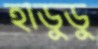
হাডুডু